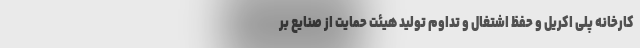
کارخانه پلی اکریل و حفظ اشتغال و تداوم تولید هیئت حمایت از صنایع بر